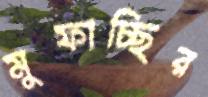
মুফাচ্ছির